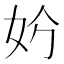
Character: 𡛐